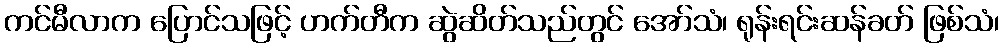
ကင်မီလာက ပြောင်သဖြင့် ဟက်တီက ဆွဲဆိတ်သည်တွင် အော်သံ၊ ရုန်းရင်းဆန်ခတ် ဖြစ်သံ၊